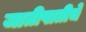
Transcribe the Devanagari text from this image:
जातीपातीचे